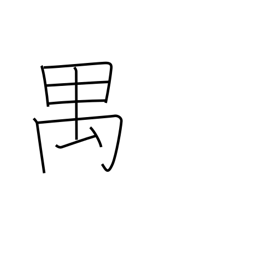
Meaning: long-tailed monkey